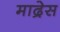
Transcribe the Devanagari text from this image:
माद्रेस